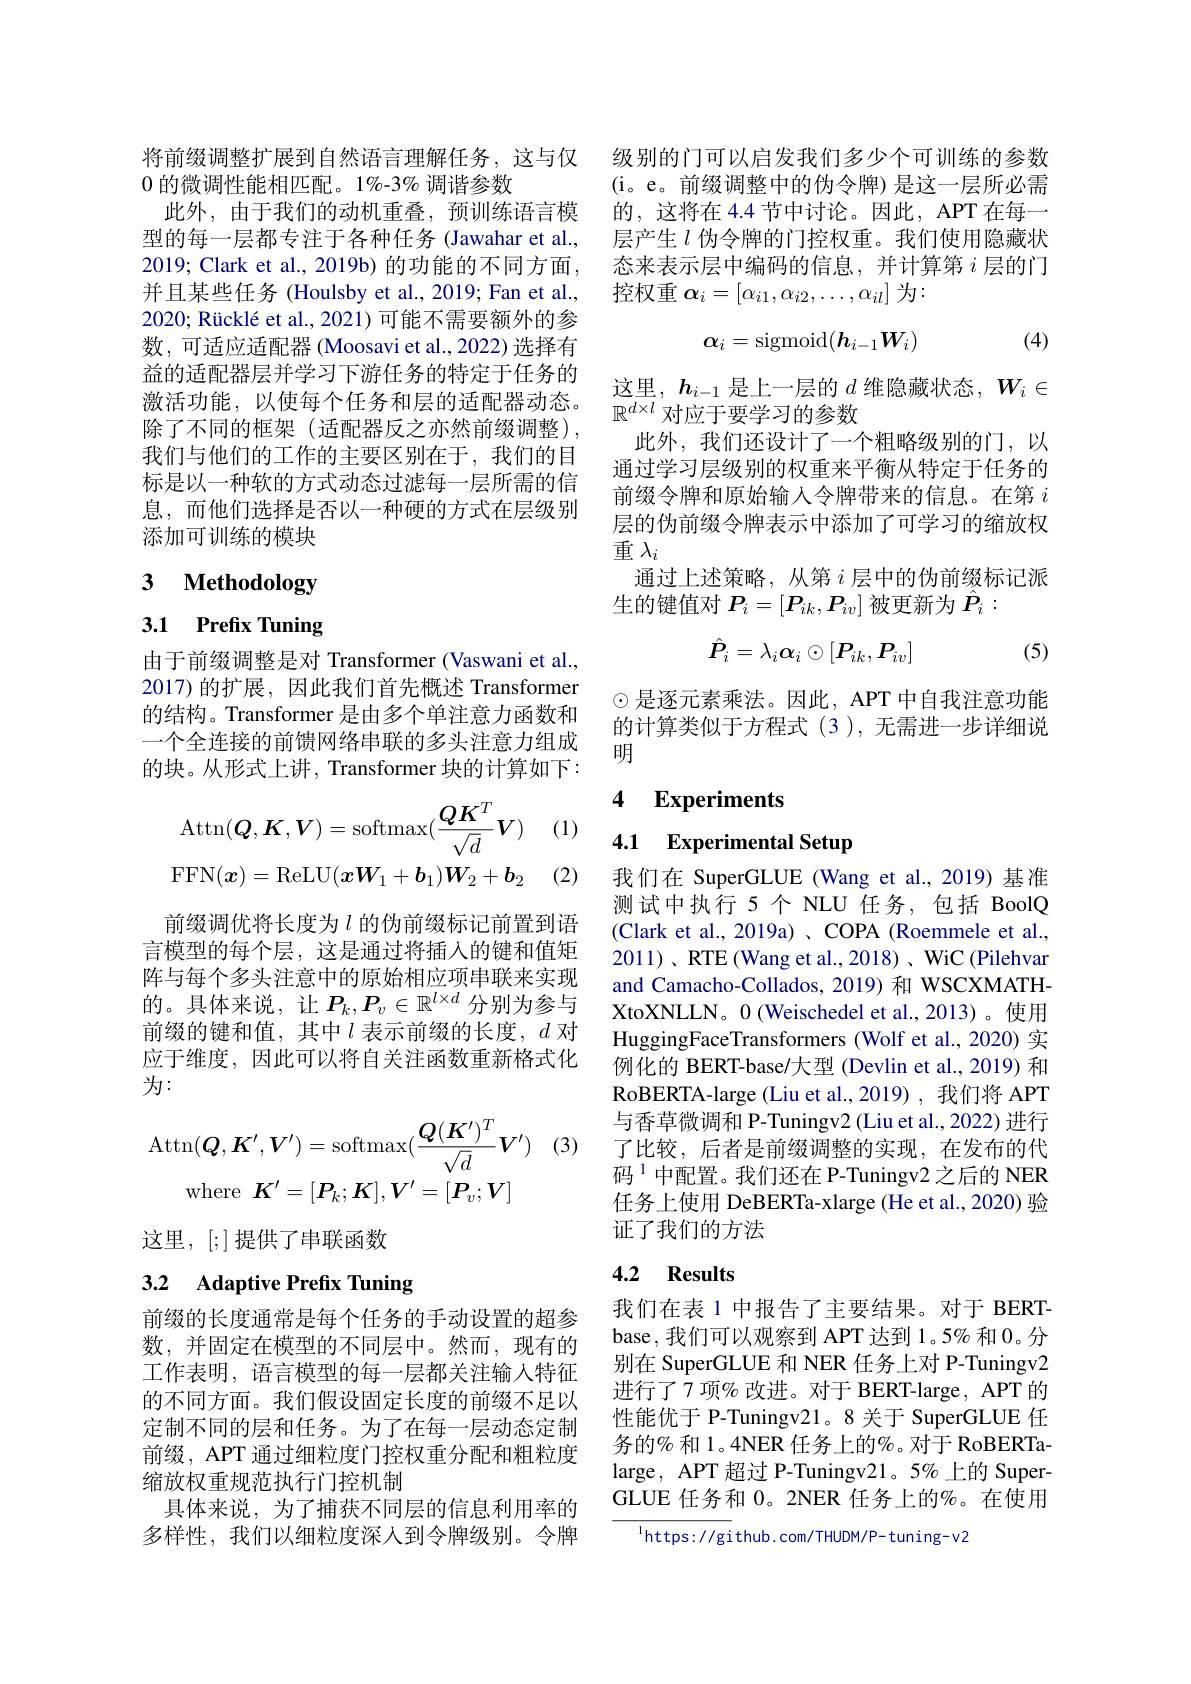
将前缀调整扩展到自然语言理解任务，这与仅
0的微调性能相匹配。1%-3% 调谐参数
此外，由于我们的动机重叠，预训练语言模型的每一层都专注于各种任务 (Jawahar et al., 2019; Clark et al., 2019b) 的功能的不同方面， 并且某些任务 (Houlsby et al., 2019; Fan et al., 2020; Rücklé et al., 2021) 可能不需要额外的参数，可适应适配器 (Moosavi et al.,2022)选择有益的适配器层并学习下游任务的特定于任务的激活功能，以使每个任务和层的适配器动态。除了不同的框架(适配器反之亦然前缀调整), 我们与他们的工作的主要区别在于，我们的目标是以一种软的方式动态过滤每一层所需的信息，而他们选择是否以一种硬的方式在层级别添加可训练的模块

# 3 $\textbf{Methodology}$

3.1 Prefix Tuning

由于前缀调整是对 Transformer (Vaswani et al., 2017)的扩展，因此我们首先概述 Transformer 的结构。Transformer 是由多个单注意力函数和一个全连接的前馈网络串联的多头注意力组成的块。从形式上讲，Transformer 块的计算如下：

(1)
$$\mathrm{Attn}(\boldsymbol{Q},\boldsymbol{K},\boldsymbol{V})=\mathrm{softmax}(\frac{\boldsymbol{Q}\boldsymbol{K}^{T}}{\sqrt{d}}\boldsymbol{V})\\\mathrm{FFN}(\boldsymbol{x})=\mathrm{ReLU}(\boldsymbol{x}\boldsymbol{W}_{1}+\boldsymbol{b}_{1})\boldsymbol{W}_{2}+\boldsymbol{b}_{2}$$
(2)

前缀调优将长度为$\iota$ 的伪前缀标记前置到语言模型的每个层，这是通过将插入的键和值矩阵与每个多头注意中的原始相应项串联来实现的。具体来说，让$P_k,P_v\in\mathbb{R}^{l\times d}$ 分别为参与前缀的键和值，其中$l$表示前缀的长度，$d$对应于维度，因此可以将自关注函数重新格式化为：
$$\mathrm{Attn}(\boldsymbol{Q},\boldsymbol{K}^{\prime},\boldsymbol{V}^{\prime})=\mathrm{softmax}(\frac{\boldsymbol{Q}(\boldsymbol{K}^{\prime})^{T}}{\sqrt{d}}\boldsymbol{V}^{\prime})\\\mathrm{where}\:\boldsymbol{K}^{\prime}=[\boldsymbol{P}_{k};\boldsymbol{K}],\boldsymbol{V}^{\prime}=[\boldsymbol{P}_{v};\boldsymbol{V}]$$
(3)

这里，[;]提供了串联函数

# 3.2 Adaptive Prefix Tuning

前缀的长度通常是每个任务的手动设置的超参数，并固定在模型的不同层中。然而，现有的工作表明，语言模型的每一层都关注输入特征的不同方面。我们假设固定长度的前缀不足以定制不同的层和任务。为了在每一层动态定制前缀，APT 通过细粒度门控权重分配和粗粒度缩放权重规范执行门控机制
具体来说，为了捕获不同层的信息利用率的多样性，我们以细粒度深人到令牌级别。令牌

级别的门可以启发我们多少个可训练的参数(i。e。前缀调整中的伪令牌) 是这一层所必需的，这将在 4.4 节中讨论。因此，APT 在每一层产生$l$伪令牌的门控权重。我们使用隐藏状态来表示层中编码的信息，并计算第$i$层的门控权重$\boldsymbol\alpha_i=[\alpha_{i1},\alpha_{i2},\ldots,\alpha_{il}]$为
$$\alpha_i=\operatorname{sigmoid}(\boldsymbol{h}_{i-1}\boldsymbol{W}_i)$$
(4)

这里，$h_i-1$是上一层的$d$维隐藏状态，$W_i\in$
$\mathbb{R}^{d\times l}$对应于要学习的参数
此外，我们还设计了一个粗略级别的门，以通过学习层级别的权重来平衡从特定于任务的前缀令牌和原始输入令牌带来的信息。在第$i$ 层的伪前缀令牌表示中添加了可学习的缩放权重$\lambda_i$
通过上述策略，从第$i$层中的伪前缀标记派
$i\hat{P}_{i}$
$$\dagger\:P_{i}=[P_{ik},P_{iv}]\:i$$
$$\hat{P}_i=\lambda_i\alpha_i\odot[P_{ik},P_{iv}]$$
(5)

$\odot$是逐元素乘法。因此，APT 中自我注意功能的计算类似于方程式 (3 ), 无需进一步详细说明

### 4 $\textbf{Experiments}$

4.1 Experimental Setup

我们在 SuperGLUE (Wang et al.,2019) 基准测试中执行 5 个 NLU 任务，包括 BoolQ (Clark et al., 2019a) 、COPA (Roemmele et al., and Camacho-Collados, 2019) 和 WSCXMATHXtoXNLLN。0 (Weischedel et al.,2013)。使用HuggingFaceTransformers (Wolf et al., 2020) 实例化的 BERT-base/大型 (Devlin et al., 2019) 和RoBERTA- large ( Liu et al. , 2019) , 我 们 将 APT 与香草微调和 P-Tuningv2(Liu et al., 2022) 进行了比较，后者是前缀调整的实现，在发布的代码$^{1}$中配置。我们还在 P-Tuningv2 之后的 NER 任务上使用 DeBERTa-xlarge (He et al.,2020) 验证了我们的方法

## 4.2 Results

我们在表 1 中报告了主要结果。对于 BERTbase,我们可以观察到 APT 达到 1。5% 和0。分别在 SuperGLUE 和 NER 任务上对 P-Tuningv2进行了7 项% 改进。对于 BERT-large, APT 的性能优于 P-Tuningv21。8 关于 SuperGLUE 任务的% 和 1。4NER 任务上的%。对于 RoBERTalarge, APT 超过 P-Tuningv21。5% 上的 SuperGLUE 任务和 0。2NER 任务上的%。在使用

$^{\mathrm{l}}$https://github.com/THUDM/P-tuning-v2